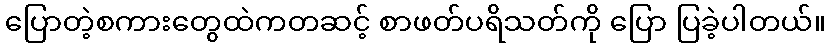
ပြောတဲ့စကားတွေထဲကတဆင့် စာဖတ်ပရိသတ်ကို ပြော ပြခဲ့ပါတယ်။